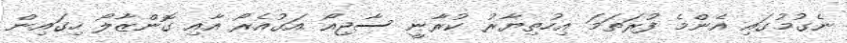
ނެގުމުގައި އެންމެ ފުރަތަމަ އިހުތިޔާރު ކުރާނީ ސާޖިއޯ އަގުއެރޯ އާއި ގޮންޒާލޯ ހިގައިން